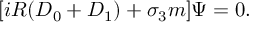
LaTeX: [ i R ( { \cal D } _ { 0 } + { \cal D } _ { 1 } ) + \sigma _ { 3 } m ] \Psi = 0 .